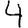
Digit: 4